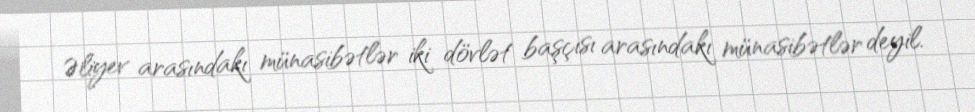
Əliyev arasındakı münasibətlər iki dövlət başçısı arasındakı münasibətlər deyil.